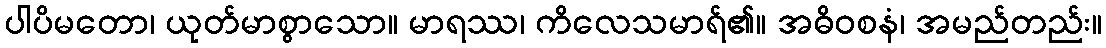
ပါပိမတော၊ ယုတ်မာစွာသော။ မာရဿ၊ ကိလေသမာရ်၏။ အဓိဝစနံ၊ အမည်တည်း။